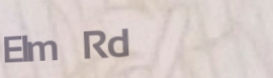
Elm Rd